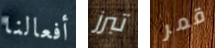
أفعالنا تبرز قمر